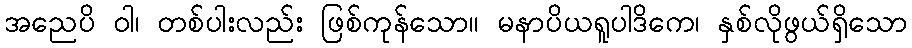
အညေပိ ဝါ၊ တစ်ပါးလည်း ဖြစ်ကုန်သော။ မနာပိယရူပါဒိကေ၊ နှစ်လိုဖွယ်ရှိသော